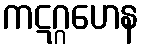
ကဋဂ္ဂဟေန